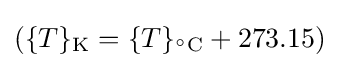
(\{T\}_{\text{K}}=\{T\}_{^{\circ }{\text{C}}}+273.15)